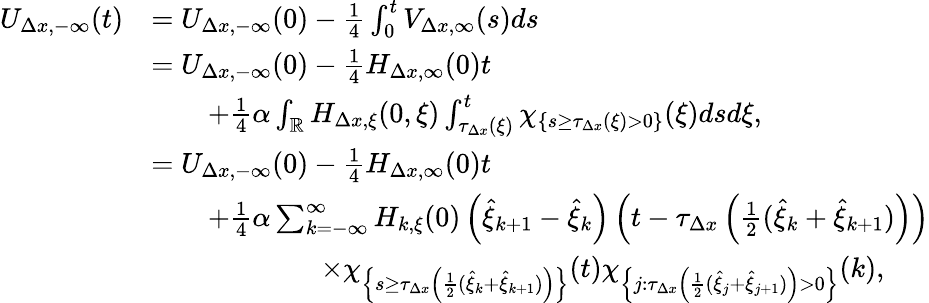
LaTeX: \begin{array}{rl}{U_{\Delta x,-\infty}(t)}&{=U_{\Delta x,-\infty}(0)-\frac{1}{4}\int_{0}^{t}V_{\Delta x,\infty}(s)ds}\\ &{=U_{\Delta x,-\infty}(0)-\frac{1}{4}H_{\Delta x,\infty}(0)t}\\ &{\qquad+\frac{1}{4}\alpha\int_{\mathbb{R}}H_{\Delta x,\xi}(0,\xi)\int_{\tau_{\Delta x}(\xi)}^{t}\chi_{\{ s\geq\tau_{\Delta x}(\xi)>0\} }(\xi)dsd\xi,}\\ &{=U_{\Delta x,-\infty}(0)-\frac{1}{4}H_{\Delta x,\infty}(0)t}\\ &{\qquad+\frac{1}{4}\alpha\sum_{k=-\infty}^{\infty}H_{k,\xi}(0)\left(\hat{\xi}_{k+1}-\hat{\xi}_{k}\right)\left(t-\tau_{\Delta x}\left(\frac 12(\hat{\xi}_{k}+\hat{\xi}_{k+1})\right)\right)}\\ &{\qquad\qquad\qquad\times\chi_{\left\{ s\geq\tau_{\Delta x}\left(\frac 12(\hat{\xi}_{k}+\hat{\xi}_{k+1})\right)\right\} }(t)\chi_{\left\{ j:\tau_{\Delta x}\left(\frac 12(\hat{\xi}_{j}+\hat{\xi}_{j+1})\right)>0\right\} }(k),}\end{array}